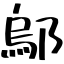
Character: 鄔